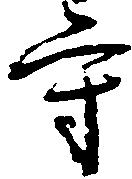
守